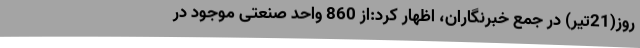
روز(21تیر) در جمع خبرنگاران، اظهار کرد:از 860 واحد صنعتی موجود در